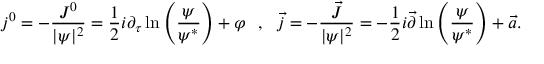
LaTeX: j ^ { 0 } = - \frac { J ^ { 0 } } { | \psi | ^ { 2 } } = \frac { 1 } { 2 } i \partial _ { \tau } \ln \left( \frac { \psi } { \psi ^ { * } } \right) + \varphi \ \ , \ \ \vec { j } = - \frac { \vec { J } } { | \psi | ^ { 2 } } = - \frac { 1 } { 2 } i \vec { \partial } \ln \left( \frac { \psi } { \psi ^ { * } } \right) + \vec { a } .